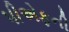
પીએફની